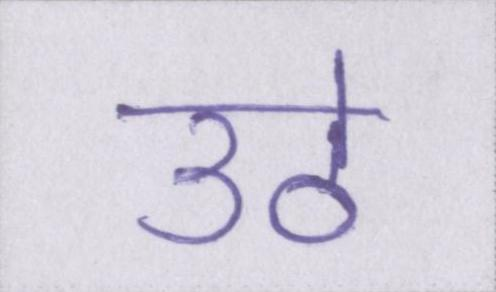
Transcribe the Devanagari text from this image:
उठे